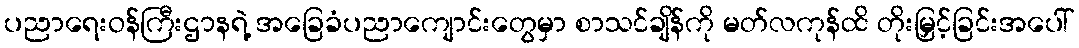
ပညာရေးဝန်ကြီးဌာနရဲ့ အခြေခံပညာကျောင်းတွေမှာ စာသင်ချိန်ကို မတ်လကုန်ထိ တိုးမြှင့်ခြင်းအပေါ်